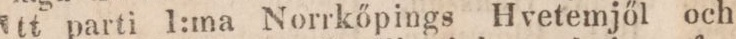
Ett parti 1:ma Norrköpins Hvetemjöl och